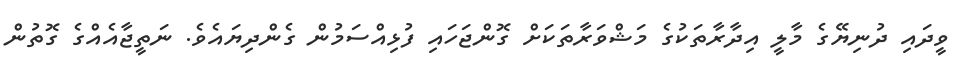
ވީދައި ދުނިޔޭގެ މާލީ އިދާރާތަކުގެ މަޝްވަރާތަކަށް ގޮންޖަހައި ފުޅިއްސަމުން ގެންދިޔައެވެ. ނަތީޖާއެއްގެ ގޮތުން